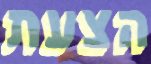
הצעת